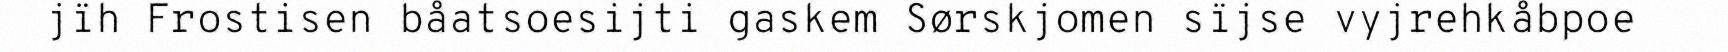
jïh Frostisen båatsoesijti gaskem Sørskjomen sïjse vyjrehkåbpoe